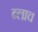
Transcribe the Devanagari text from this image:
ब्लाच